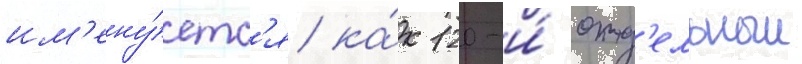
им'ену́етс'я ка́к 120-и́ отд'ельныи